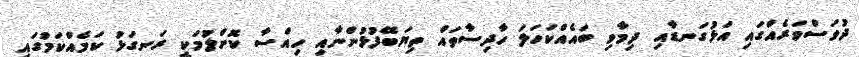
ދުވަސްވަރެއްގައި އަޅުގަނޑާއި ދިމާވި ބައެއްކަހަލަ ހާދިސާތައް ތިޔަބޭފުޅުންނާއި ހިއްސާ ކޮށްލުމަކީ ރަނގަޅު ކަމެއްކަމުގައި